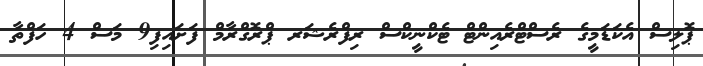
ޕޮލިސް އެކަޑަމީގެ ރެސްޓްރެއިންޓް ޓެކްނީކްސް ރިފްރެޝަރ ޕްރޮގްރާމް ފަށައިފި9 މަސް 4 ހަފްތާ